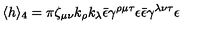
\langle h \rangle _ { 4 } = \pi \zeta _ { \mu \nu } k _ { \rho } k _ { \lambda } \bar { \epsilon } \gamma ^ { \rho \mu \tau } \epsilon \bar { \epsilon } \gamma ^ { \lambda \nu \tau } \epsilon